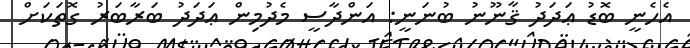
އެހެނީ ބޮޑު ޢަދަދު ޤާނޫނު ބުނަނީ: އަންދާސީ މެދުމިން ޢަދަދު ބަރާބަރު ގޮތަކަށް